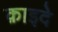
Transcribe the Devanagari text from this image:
क़ाइदे